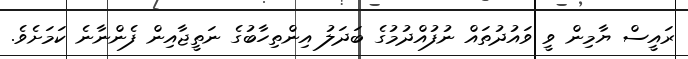
ރައީސް ޔާމިން ވީ ވައުދުތައް ނުފުއްދުމުގެ ބަދަލު އިންތިހާބުގެ ނަތީޖާއިން ފެންނާނެ ކަމަށެވެ.